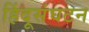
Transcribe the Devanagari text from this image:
हिंदूसंघटन